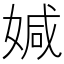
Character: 㛾